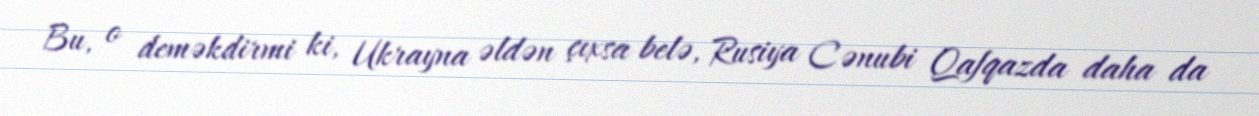
Bu, o deməkdirmi ki, Ukrayna əldən çıxsa belə, Rusiya Cənubi Qafqazda daha da